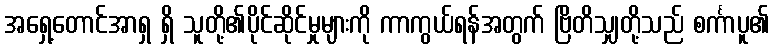
အရှေ့တောင်အာရှ ရှိ သူတို့၏ပိုင်ဆိုင်မှုများကို ကာကွယ်ရန်အတွက် ဗြိတိသျှတို့သည် စင်္ကာပူ၏